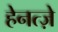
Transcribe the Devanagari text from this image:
हेनत्ज़े